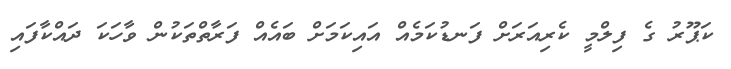
ކަޕޫރު ގެ ފިލްމީ ކެރިއަރަށް ފަނޑުކަމެއް އައިކަމަށް ބައެއް ފަރާތްތަކުން ވާހަކަ ދައްކާފައި